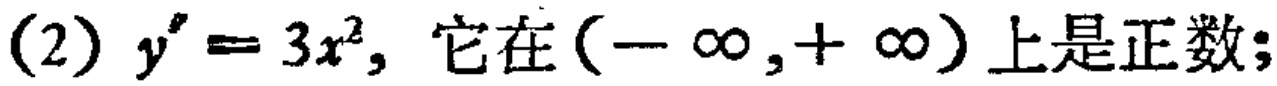
(2) \(y' = 3x^{2}\), 它在\((-\infty,+\infty)\)上是正数；